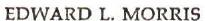
EDWARD L. MORRIS